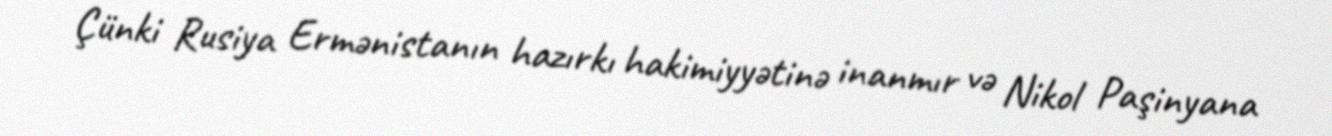
Çünki Rusiya Ermənistanın hazırkı hakimiyyətinə inanmır və Nikol Paşinyana